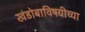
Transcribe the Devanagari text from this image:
खंडोबाविषयीच्या